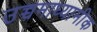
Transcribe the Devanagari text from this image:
उच्चमाध्यामीक